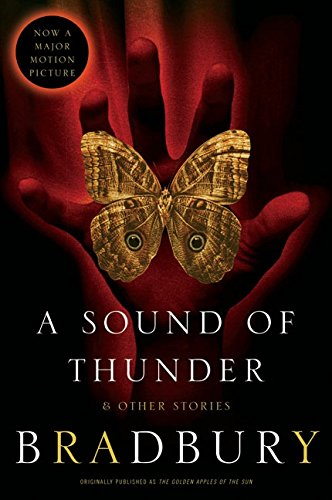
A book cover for A Sound of Thunder and Other Stories; Ray Bradbury; Science Fiction & Fantasy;